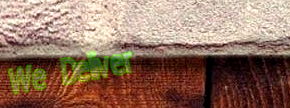
We Deliver